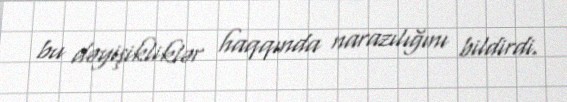
bu dəyişikliklər haqqında narazılığını bildirdi.